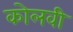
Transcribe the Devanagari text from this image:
कोलवी